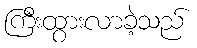
ကြီးထွားလာခဲ့သည်